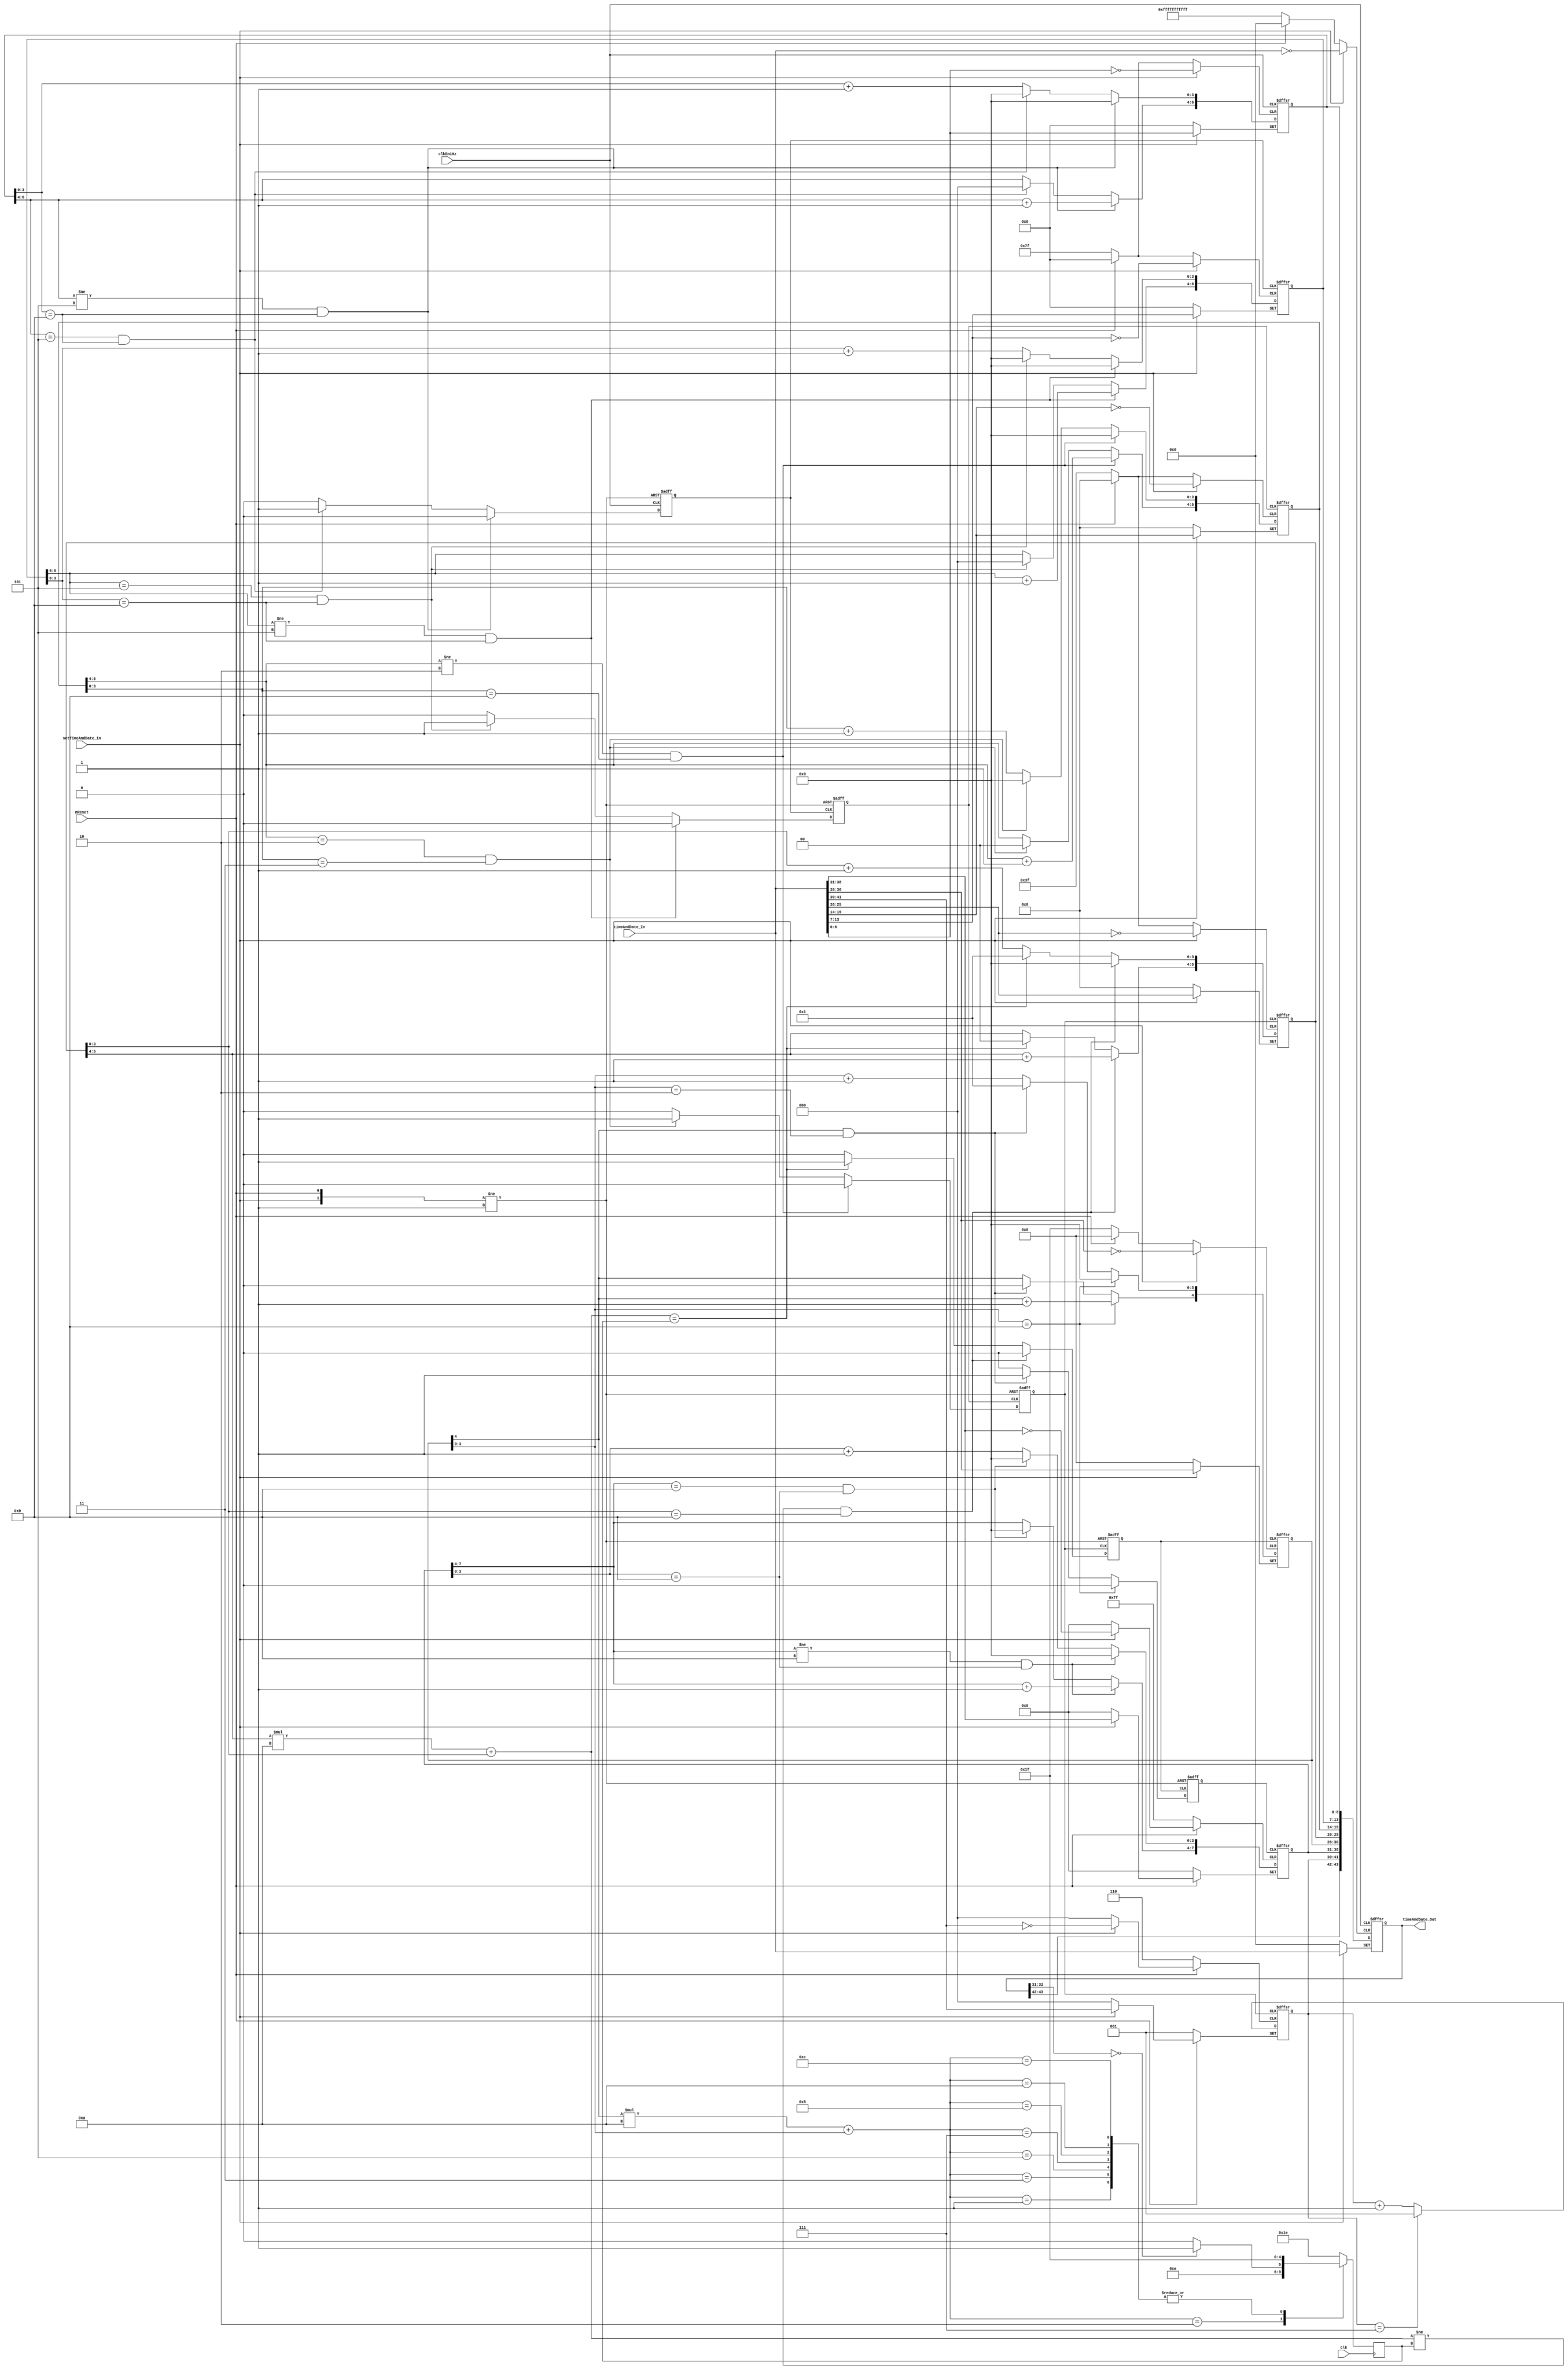
// ------------------------------------------------------------------------- --
// Title         : Clockwork
// Project       : Praktikum FPGA-Entwurfstechnik
// ------------------------------------------------------------------------- --
// Company       : IDS RWTH Aachen 
// ------------------------------------------------------------------------- --
// Description   : Clockwork for a DCF77 radio-controlled clock
// ------------------------------------------------------------------------- --
// Revisions     :
// Date        Version  Author  Description
// 2018/08/16  1.0      SH      Created
// 2018/09/20  1.1      TS      Clean up, comments
// ------------------------------------------------------------------------- --

module timeAndDateClock(clk,                // global 10Mhz clock
                        clkEn1Hz,           // 1Hz clock
                        nReset,             // asynchronous reset (active low)  
                        setTimeAndDate_in,  
                        timeAndDate_In,     
                        timeAndDate_Out);   

// ---------- YOUR CODE HERE ---------- 
input clk;               // global 10Mhz clock
input clkEn1Hz;           // 1Hz clock
input nReset;             // asynchronous reset (active low)  
input setTimeAndDate_in;  
input[43:0] timeAndDate_In;     
output [43:0] timeAndDate_Out;
reg [43:0] timeAndDate_Out;
//wire [43:0] timeAndDate_Out;
//inout [6:0] sec_count,min_count;
//inout [5:0] hour_count,day_count;
//inout [4:0] mon_count;
//inout [7:0] year_count;
//inout [2:0] weekday_count;  

reg [6:0] sec_count,min_count;
reg [5:0] hour_count,day_count;
reg [4:0] mon_count;
reg [7:0] year_count;
reg [2:0] weekday_count;  

reg min_carry,hour_carry,day_carry,mon_carry,year_carry;         

reg[4:0] date; // 5'b1_1111=31 This is the number of days in each month

wire year_4;  //Flag of leap year

// This is for the judgement of leap year. Because there are only two digits of years which means there are only 100 years.
assign year_4=(timeAndDate_Out[32:31]==2'b0); //This is the first two bits of the year. If year_4 == 1, then it is a leap.

//  always reset, setTime, clkEn1Hz. time_out
always@(posedge setTimeAndDate_in or posedge clkEn1Hz or negedge nReset) //sec
   begin
       if(!nReset)
             begin    
               timeAndDate_Out[43:0] <= 44'b0;	// if trigger an reset, then set registers to 0.    
             end
       else if(setTimeAndDate_in)  
             begin
               timeAndDate_Out[43:0] <= timeAndDate_In[43:0]; // If the "setTimeAndDate_in==1", then registers should accept values.
             end
        else
          begin
            timeAndDate_Out[6:0] <= sec_count[6:0];
            timeAndDate_Out[13:7] <= min_count[6:0];
            timeAndDate_Out[19:14] <= hour_count[5:0];
            timeAndDate_Out[25:20] <= day_count[5:0];
            timeAndDate_Out[30:26] <= mon_count[4:0];
            timeAndDate_Out[38:31] <= year_count[7:0];
            timeAndDate_Out[41:39] <= weekday_count[2:0];
          end
   end

   always @(posedge clkEn1Hz or negedge nReset or posedge setTimeAndDate_in) begin   // seconds
         if (!nReset) 
           begin
             sec_count <= 7'b0;
             min_carry <= 1'b0;
           end 
         else if (setTimeAndDate_in) 
                begin
                  sec_count <= timeAndDate_In[6:0];
                  min_carry <= 1'b0;
                end
         else if ((sec_count[6:4] != 3'd5) && (sec_count[3:0] == 4'd9)) //If low digit is 9, next clock, set low to 0,and add 1 to high digit
                 begin
                   sec_count[3:0] <= 4'd0;
                   sec_count[6:4] <= sec_count[6:4] + 1;
                   min_carry <= 0;
                 end
           else if((sec_count[6:4] == 3'd5) && (sec_count[3:0] == 4'd9))     //When seconds is 59s, then set second to 0 and minute_carry to 1.
                 begin
                   sec_count[6:0] <= 7'd0;
                   min_carry <= 1'b1;
                 end
           else
                 begin
                    sec_count[3:0] <= sec_count[3:0] + 1;
                    min_carry <= 1'b0;
                 end    
   end

   always@(posedge min_carry or negedge nReset or posedge setTimeAndDate_in) //min
     begin
        if (!nReset) 
           begin
             min_count <= 7'b0;
             hour_carry <= 1'b0;
           end 
        else if (setTimeAndDate_in) 
                begin
                  min_count <= timeAndDate_In[13:7];
                  hour_carry <= 1'b0;
                end			  
        else if ((min_count[6:4] != 3'd5) && (min_count[3:0] == 4'd9)) //When the low digit is 9
              begin
                min_count[3:0] <= 4'd0;
                min_count[6:4] <= min_count[6:4] + 1;
                hour_carry <= 0;
              end
        else if((min_count[6:4] == 3'd5) && (min_count[3:0] == 4'd9)) //When minutes is 59 min, then set minutes to 0 and hour_carry to 1.
              begin
                min_count[6:0] <= 7'd0;
                hour_carry <= 1'b1;
              end
        else
              begin
                 min_count[3:0] <= min_count[3:0] + 1;
                 hour_carry <= 1'b0;
              end
     end

    always@(posedge hour_carry or negedge nReset or posedge setTimeAndDate_in) //hour 
      begin
        if (!nReset) 
           begin
             hour_count <= 6'b0;
             day_carry <= 1'b0;
           end 
        else if (setTimeAndDate_in) 
                begin
                  hour_count <= timeAndDate_In[19:14];
                  day_carry <= 1'b0;
                end			  
        else if ((hour_count[5:4] != 2'd2) && (hour_count[3:0] == 4'd9)) //When low digit is 9
                  begin
                    hour_count[3:0] <= 4'd0;
                    hour_count[5:4] <= hour_count[5:4] + 1;
                    day_carry <= 0;
                  end
            else if((hour_count[5:4] == 2'd2) && (hour_count[3:0] == 4'd3))     //When time is 23:59, then set hour to 0 and day_carry to 1.
                  begin
                    hour_count[5:0] <= 6'd0;
                    day_carry <= 1'b1;
                  end
            else
                  begin
                     hour_count[3:0] <= hour_count[3:0] + 1;
                     day_carry <= 1'b0;
						end
         end    

    always@(posedge day_carry or negedge nReset or posedge setTimeAndDate_in)   //day
      begin
        if (!nReset) 
           begin
             day_count <= 6'b0;
             mon_carry <= 1'b0;
           end 
        else if (setTimeAndDate_in) 
                begin
                  day_count <= timeAndDate_In[25:20];
                  mon_carry <= 1'b0;
                end			  
        else if (((day_count[5:4]*10 + day_count[3:0]) != date) && (day_count[3:0] == 4'd9)) 
                  begin
                    day_count[3:0] <= 4'd0;
                    day_count[5:4] <= day_count[5:4] + 1;
                    mon_carry <= 0;
                  end
            else if((day_count[5:4]*10 + day_count[3:0]) == date)     //When days is equal to "date", then set day to 0 and mon_carry to 1.
                  begin
                    day_count[5:0] <= 6'd1;   // start from 1st day
                    mon_carry <= 1'b1;
                  end
            else
                  begin
                     day_count[3:0] <= day_count[3:0] + 1;
                     mon_carry <= 1'b0;
						end
      end

    always@(posedge day_carry or negedge nReset or posedge setTimeAndDate_in) //The day of the week: Monday, Tuesday...
      begin
        if (!nReset) 
           begin
             weekday_count <= 3'b1;
           end 
        else if (setTimeAndDate_in) 
                begin
                  weekday_count <= timeAndDate_In[41:39];
                end			  
        else if(weekday_count[2:0]==3'd7) // 7 means sunday. 1 means Monday.
                 begin
                   weekday_count[2:0]<=3'd1;
                 end
              else
                  begin
                   weekday_count[2:0]<=weekday_count[2:0]+1;
                  end  
      end        

    always@(posedge mon_carry or negedge nReset or posedge setTimeAndDate_in) //month
      begin
	     if (!nReset) 
           begin
             mon_count <= 5'b0;
             year_carry <= 1'b0;
           end
        else if (setTimeAndDate_in) 
                begin
                  mon_count <= timeAndDate_In[30:26];
                  year_carry <= 1'b0;
                end			  
        else if (mon_count[3:0] == 4'd9) 
                  begin
                    mon_count[3:0] <= 4'd0;
                    mon_count[4] <= mon_count[4] + 1;
                    year_carry <= 1'b0;
                  end
            else if((mon_count[4] == 1'd1) && mon_count[3:0] == 4'd2)     //When month is equal to 12, then set month to 1 and year_carry to 1.
                  begin
                    mon_count[4:0] <= 5'd1;
                    year_carry <= 1'b1;
                  end
            else
                  begin
                     mon_count[3:0] <= mon_count[3:0] + 1;
                     year_carry <= 1'b0;
						end
      end

    always@(posedge year_carry or negedge nReset or posedge setTimeAndDate_in)//year
      begin
        if (!nReset) 
           begin
             year_count <= 8'b0;
           end 
        else if (setTimeAndDate_in) 
                begin
                  year_count <= timeAndDate_In[38:31];
                end			  
        else if ((year_count[7:4] != 4'd9) && (year_count[3:0] == 4'd9))
                begin
                  year_count[3:0] <= 4'd0;
                  year_count[7:4] <= year_count[7:4] + 1;
                end
           else if((year_count[7:4] == 4'd9) && (year_count[3:0] == 4'd9))    // When the year is 99, then set the year to 0.           
              begin
                  year_count[7:0] <= 8'd0;        
              end
           else 
              begin
                  year_count[3:0] <= year_count[3:0]+1;               
              end
  	  end

   always@(posedge clk)
        begin 
          case(mon_count[4]*10 + mon_count[3:0]) 
           4'd1:date <= 5'd31; 
           4'd2: 
             begin 
               if(year_4)
                 date <= 5'd29;
               else
                 date <= 5'd28;
               end
           4'd3:date <= 5'd31;
           4'd4:date <= 5'd30;
           4'd5:date <= 5'd31; 
           4'd6:date <= 5'd30;
           4'd7:date <= 5'd31;
           4'd8:date <= 5'd31; 
           4'd9:date <= 5'd30;
           4'd10:date <= 5'd31;
           4'd11:date <= 5'd30; 
           4'd12:date <= 5'd31;
           default:date <= 5'd30; 
         endcase 
       end     
endmodule